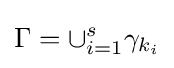
\Gamma =\cup _{i=1}^{s}\gamma _{k_{i}}